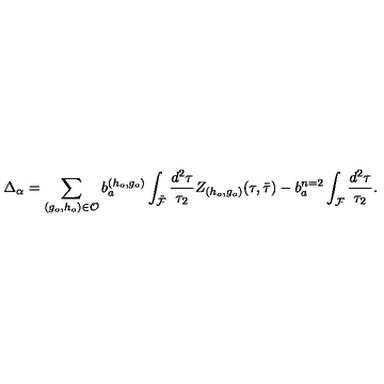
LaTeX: \Delta _ { \alpha } = \sum _ { ( g _ { o } , h _ { o } ) \in { \cal O } } b _ { a } ^ { ( h _ { o } , g _ { o } ) } \int _ { \tilde { \cal F } } \frac { d ^ { 2 } \tau } { \tau _ { 2 } } Z _ { ( h _ { o } , g _ { o } ) } ( \tau , { \bar { \tau } } ) - b _ { a } ^ { n = 2 } \int _ { \cal F } \frac { d ^ { 2 } \tau } { \tau _ { 2 } } .